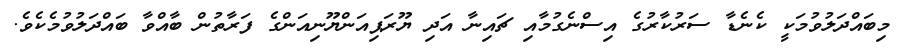
މިބައްދަލުވުމަކީ ކެނެޑާ ސަރުކާރުގެ އިސްނެގުމާއި ޗައިނާ އަދި ޔޫރަޕިއަންޔޫނިއަންގެ ފަރާތުން ބާއްވާ ބައްދަލުވުމެކެވެ.